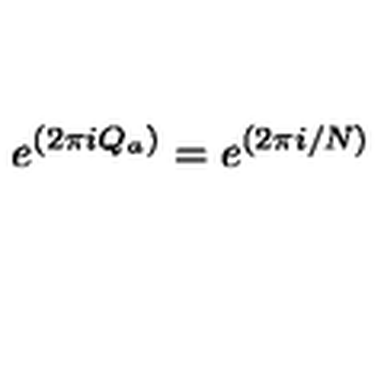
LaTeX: e ^ { ( 2 \pi i Q _ { a } ) } = e ^ { ( 2 \pi i / N ) }